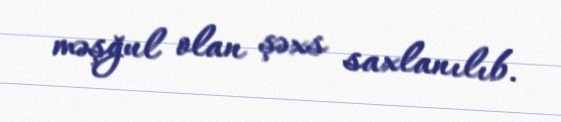
məşğul olan şəxs saxlanılıb.